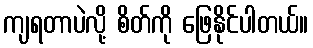
ကျရတာပဲလို့ စိတ်ကို ဖြေနိုင်ပါတယ်။